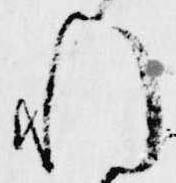
れ